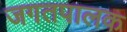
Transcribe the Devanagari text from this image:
जगतपालक